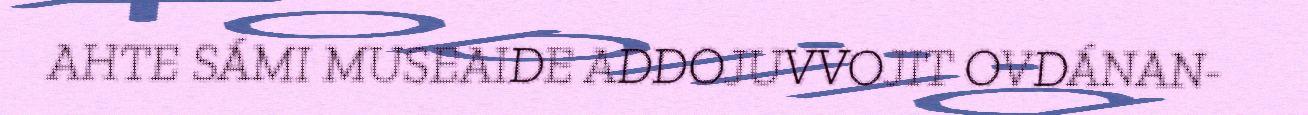
AHTE SÁMI MUSEAIDE ADDOJUVVOJIT OVDÁNAN-